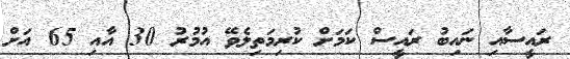
ރައީސާއި ނައިބު ރައީސް ކަމަށް ކުރިމަތިލެވޭ އުމުރު 30 އާއި 65 އަށް